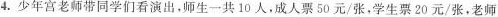
4.少年宫老师带同学们看演出，师生一共10人，成人票50元/张，学生票20元/张，老师